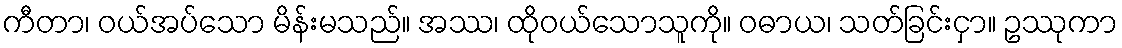
ကီတာ၊ ဝယ်အပ်သော မိန်းမသည်။ အဿ၊ ထိုဝယ်သောသူကို။ ဝဓာယ၊ သတ်ခြင်းငှာ။ ဥဿုကာ